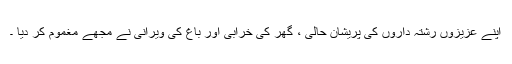
اپنے عزیزوں رشتہ داروں کی پریشان حالی ، گھر کی خرابی اور باغ کی ویرانی نے مجھے مغموم کر دیا ۔